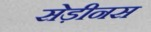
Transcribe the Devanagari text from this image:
सेड़ीनस